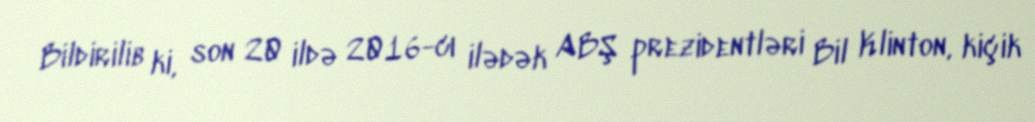
Bildirilib ki, son 20 ildə 2016-cı ilədək ABŞ prezidentləri Bil Klinton, kiçik